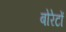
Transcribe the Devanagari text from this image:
बोरेटों